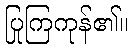
ပြုကြကုန်၏။